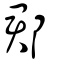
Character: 郡